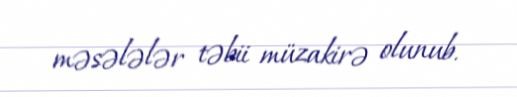
məsələlər təbii müzakirə olunub.